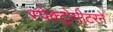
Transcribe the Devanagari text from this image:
स्पेक्ट्रोमीटरने